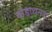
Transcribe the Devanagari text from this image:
कडाथनड